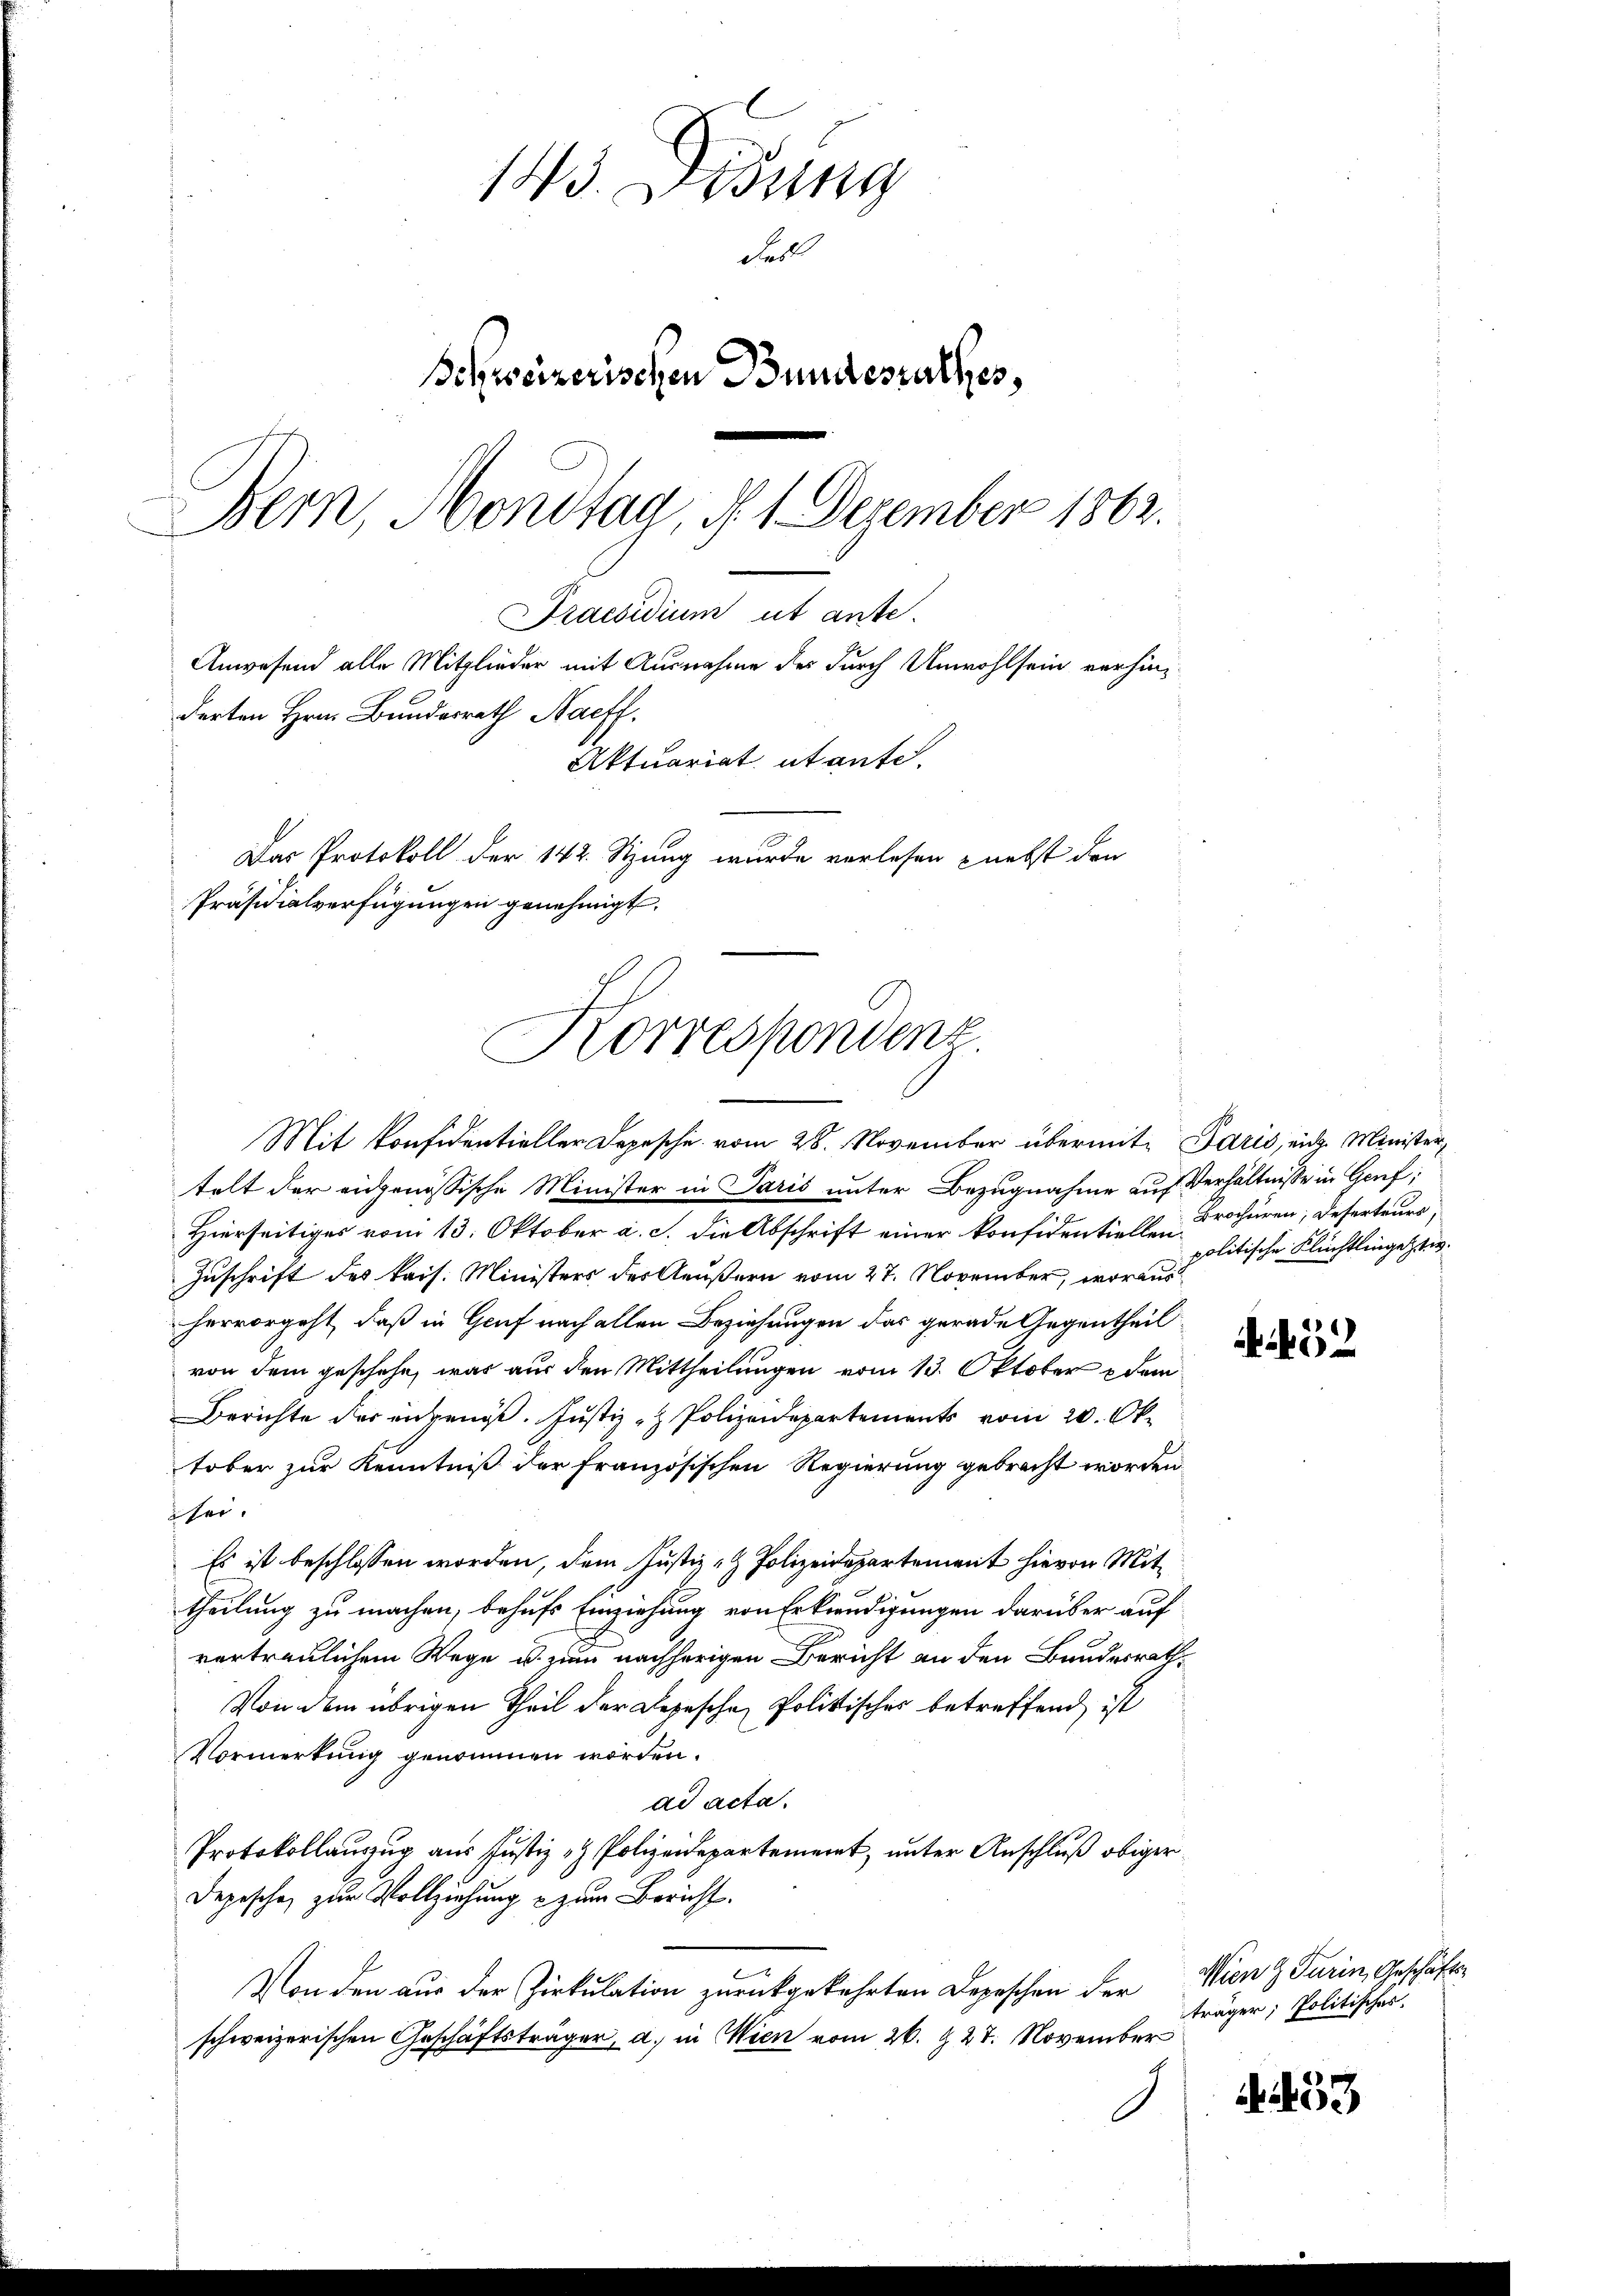
Präsidialverfügungen genehmigt.
Korrespondenz

13. Lesung
Fell
Behweizerischen Bundesrathes,
Bern, Hondtag, d. 1 Dezember 1862.
Praesidium ut ante.
Anwesend alle Mitglieder mit Ausnahme des durch Unwohlsein verhänderten Hrn. Bundesrath Naeff.
Aktuariat utante.
Das Protokoll der 142. Stung wurde vorlesen nebst den

Mit Konfidentieller Depesche vom 28. November übermit Paris, ein Ministertelt der eidgenössische Minister in Paris unter Bezugnahme auf Verhältnisse in Genf;
Hierseitiges vom 13. Oktober a. c. die Abschrift einer konfidentiellen Brochüren, Deserteurs,
Zuschrift des kais. Ministers der Aeußern vom 27. November, woraus
hervorgeht, daß in Gruf nach allen Beziehungen das gerade Gegentheil
von dem geschehe, was aus den Mittheilungen vom 13. Oktober dem
Berichte der engen. Justiz- & Polizeidepartements vom 20. Okt
tober zur Kenntniß der Französischen Regierung gebracht worden
sei.
Es ist beschlossen worden, dem Justiz- & Polizeidepartement hievon Mittheilung zu machen, behufs Einziehung von Erkundigungen darüber auf
vertraulichem Wege u. zum nachherigen Bericht an den Bundesrath,
Von dem übrigen Theil der Depesche Politisches betreffend ist
Vormerkung genommen worden.
ad acta.
Protokollanzug aus Justiz- & Polizeidepartement, unter Anschluß obiger
Depeschen zur Vollziehung u zum Bericht.
Von den aus der Zirkulation zurückgekehrten Depeschen der Wien & Turin, Geschäftsschweizerischen Geschäftsträger, a. in Wien vom 26. & 27. November

politische Flüchtlingesten.

träger; Politisches.

52

433